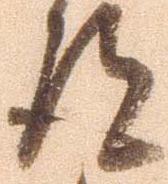
得